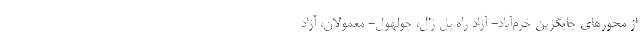
از محورهای جایگزین خرم‌آباد- آزاد راه پل زال، چولهول- معمولان، آزاد